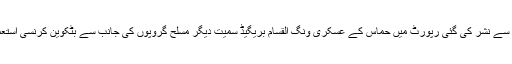
’’بٹکوین دہشت گردی کا دور‘‘ کے عنوان سے نشر کی گئی رپورٹ میں حماس کے عسکری ونگ القسام بریگیڈ سمیت دیگر مسلح گروپوں کی جانب سے بٹکوین کرنسی استعمال کرنے کی تفصیلات بیان کی گئی ہیں۔